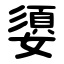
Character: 嬃